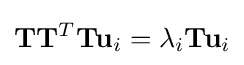
\mathbf {T} \mathbf {T} ^{T}\mathbf {T} \mathbf {u} _{i}=\lambda _{i}\mathbf {T} \mathbf {u} _{i}